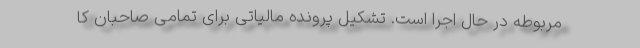
مربوطه در حال اجرا است. تشکیل پرونده مالیاتی برای تمامی صاحبان کا